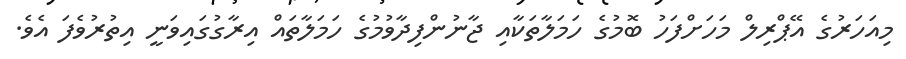
މިއަހަރުގެ އޭޕްރިލް މަހަށްފަހު ބޮމުގެ ހަމަލާތަކާއި ޖާނުންފިދާވުމުގެ ހަމަލާތައް އިރާގުގައިވަނީ އިތުރުވެފަ އެވެ.